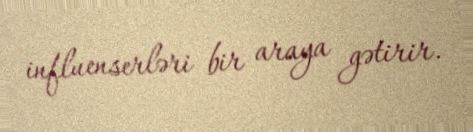
influenserləri bir araya gətirir.